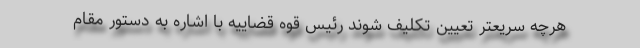
هرچه سریعتر تعیین تکلیف شوند رئیس قوه قضاییه با اشاره به دستور مقام